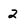
Character: 2